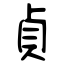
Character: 貞